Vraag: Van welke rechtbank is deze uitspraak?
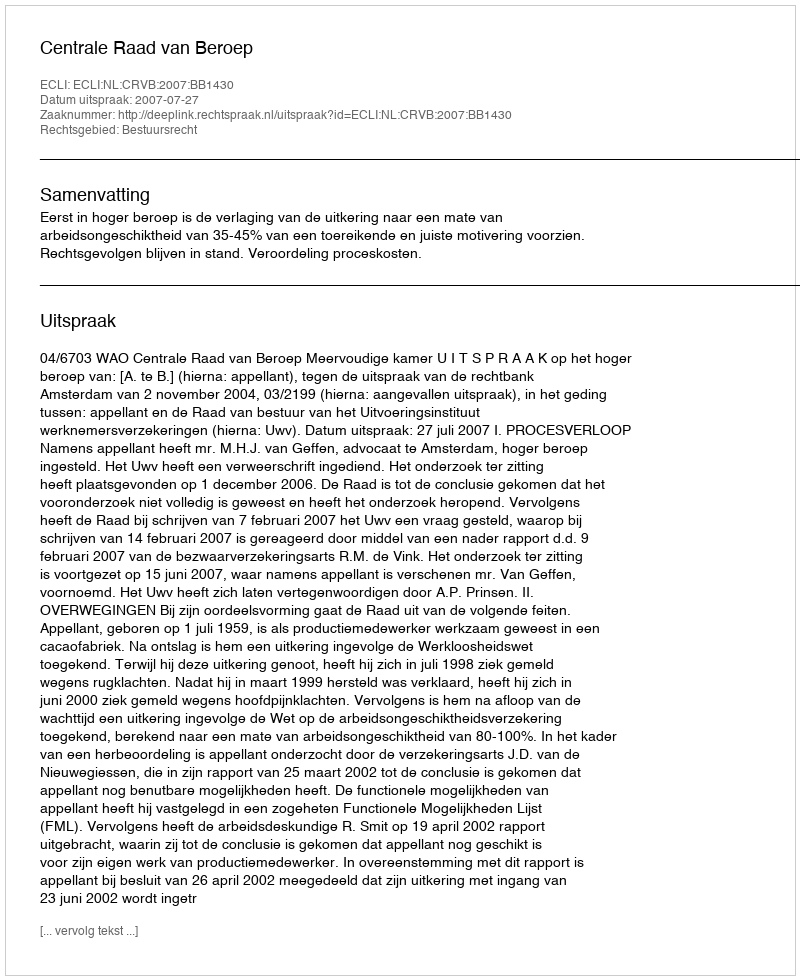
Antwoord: Centrale Raad van Beroep